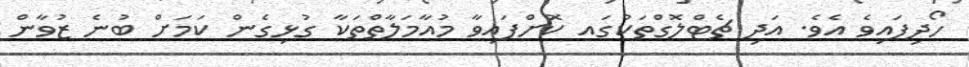
ހޯދިފައިވެ އެވެ. އަދި ޗެޓްލޮގްތަކުގައ ކޮށްފައިވާ މުއާމަލާތްތަކާ ގުޅިގެން ކަމަށް ބުނެ ޒުވާން